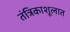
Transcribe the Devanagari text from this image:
तंत्रिकाशूलात